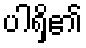
ပါရှိ၏